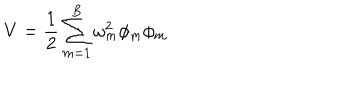
V = \frac { 1 } { 2 } \sum _ { m = 1 } ^ { B } \omega _ { m } ^ { 2 } \phi _ { m } \phi _ { m }